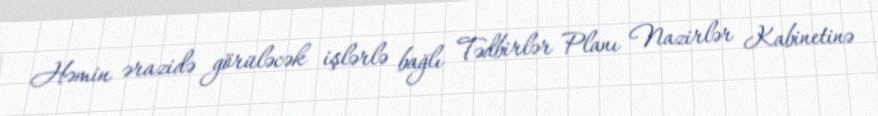
Həmin ərazidə görüləcək işlərlə bağlı Tədbirlər Planı Nazirlər Kabinetinə